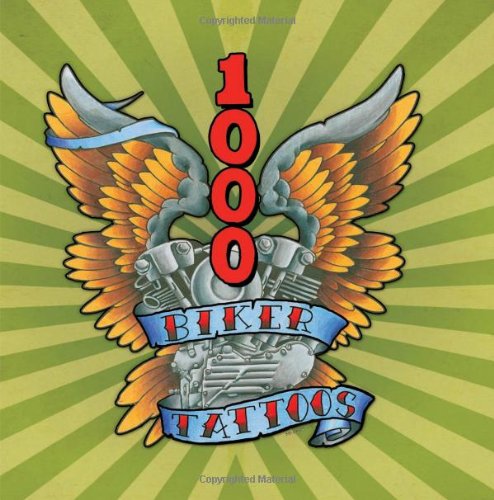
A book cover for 1000 Biker Tattoos; Sara Liberte; Arts & Photography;